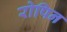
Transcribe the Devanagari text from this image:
रोपिन